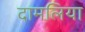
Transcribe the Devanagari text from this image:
दामलिया